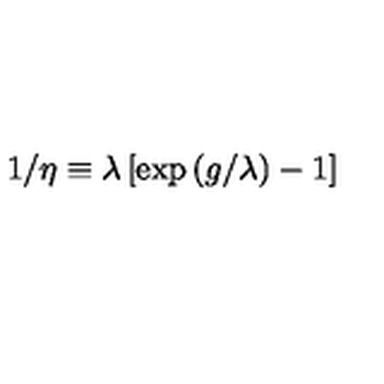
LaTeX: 1 / \eta \equiv \lambda \left[ \exp \left( g / \lambda \right) - 1 \right]